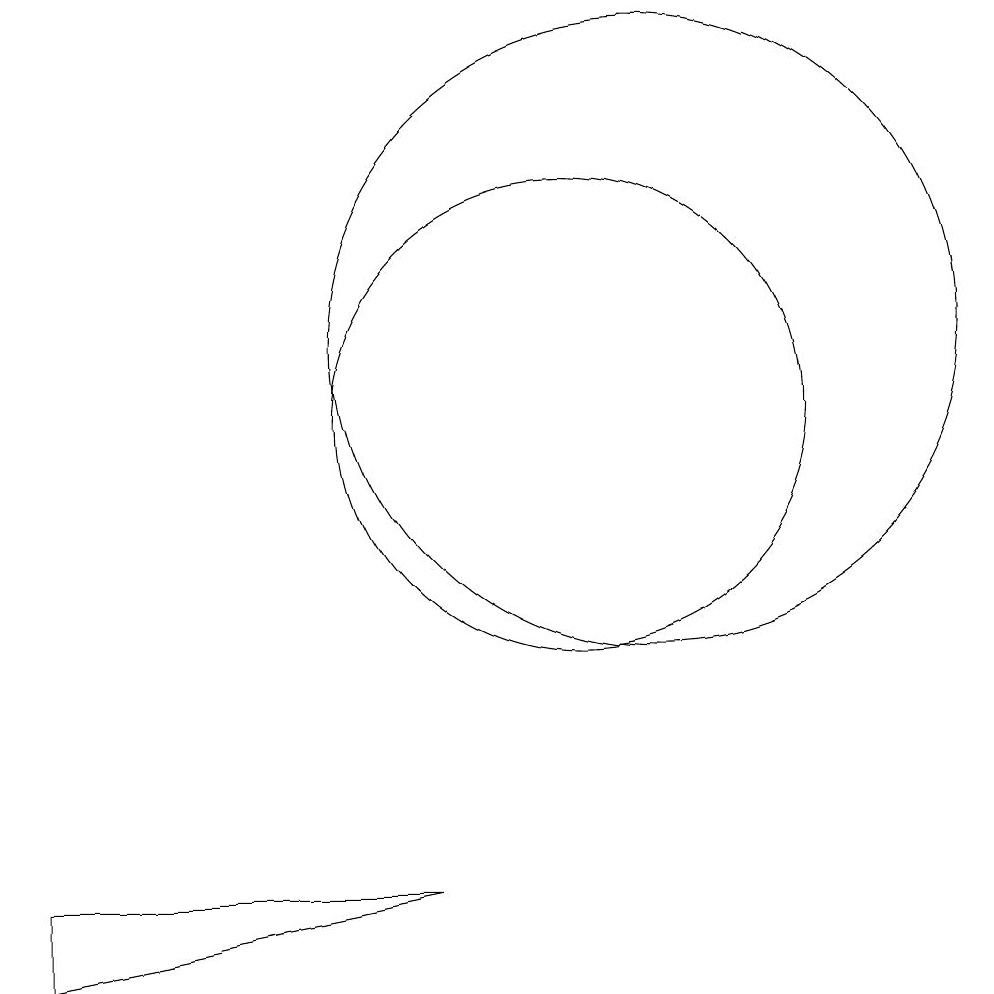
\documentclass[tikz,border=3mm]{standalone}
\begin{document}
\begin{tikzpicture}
\draw (3,4) -- (8,4) -- (3,3) -- cycle;
\draw (10,10) circle (3);
\draw (11,11) circle (4);
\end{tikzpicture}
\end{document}